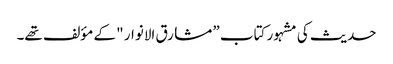
حدیث کی مشہور کتاب ” مشارق الانوار " کے مؤلف تھے۔